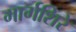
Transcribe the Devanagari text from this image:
मार्गशिरे